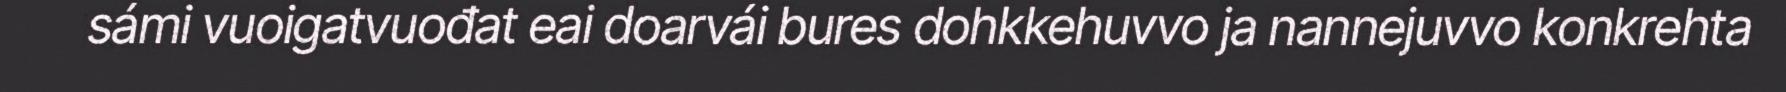
sámi vuoigatvuođat eai doarvái bures dohkkehuvvo ja nannejuvvo konkrehta